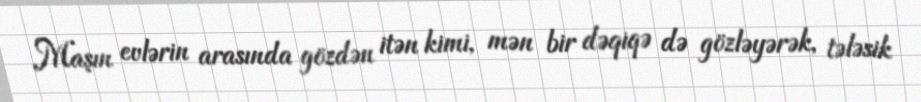
Maşın evlərin arasında gözdən itən kimi, mən bir dəqiqə də gözləyərək, tələsik